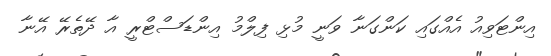
އިންޓަވިއު އެއްގައި ކަންގަނާ ވަނީ މުޅި ފިލްމު އިންޑަސްޓްރީ އާ ދޭތެރޭ އޭނާ